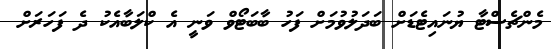
މެންޗެސްޓާ ޔުނައިޓެޑަށް ބަދަލުވުމަށް ފަހު ބާބަޓޯވް ވަނީ އެ ކްލަބާއެކު ދެ ފަހަރަށް